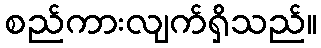
စည်ကားလျက်ရှိသည်။